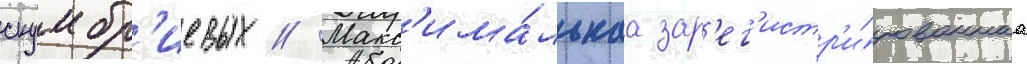
скумбр'иевых // Макс'има́льнаа зар'ег'истр'и́рованнаа